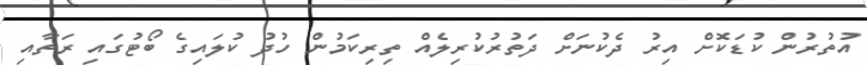
އުތުރުން ކުޑަކޮށް އިރު ދެކުނަށް ދަތުރުކުރިލެއް ތިރިކަމުން ހުދު ކުލައިގެ ބޯޓުގައި ރަތާއި